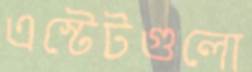
এস্টেটগুলো